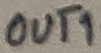
Text: OUT1